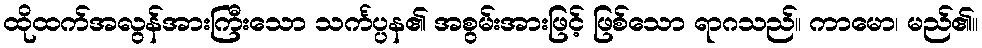
ထိုထက်အလွန်အားကြီးသော သင်္ကပ္ပန၏ အစွမ်းအားဖြင့် ဖြစ်သော ရာဂသည်။ ကာမော၊ မည်၏။